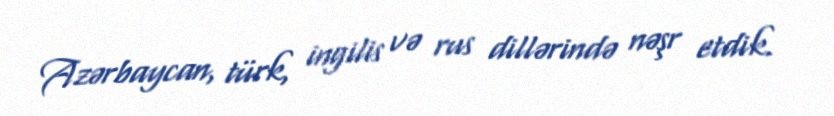
Azərbaycan, türk, ingilis və rus dillərində nəşr etdik.